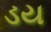
ડય